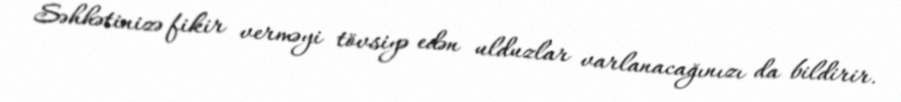
Səhhətinizə fikir verməyi tövsiyə edən ulduzlar varlanacağınızı da bildirir.